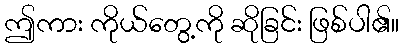
ဤကား ကိုယ်တွေ့ကို ဆိုခြင်း ဖြစ်ပါ၏။